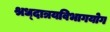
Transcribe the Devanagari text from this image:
श्रध्दात्रयविभागयोग